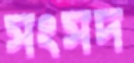
সংসদ